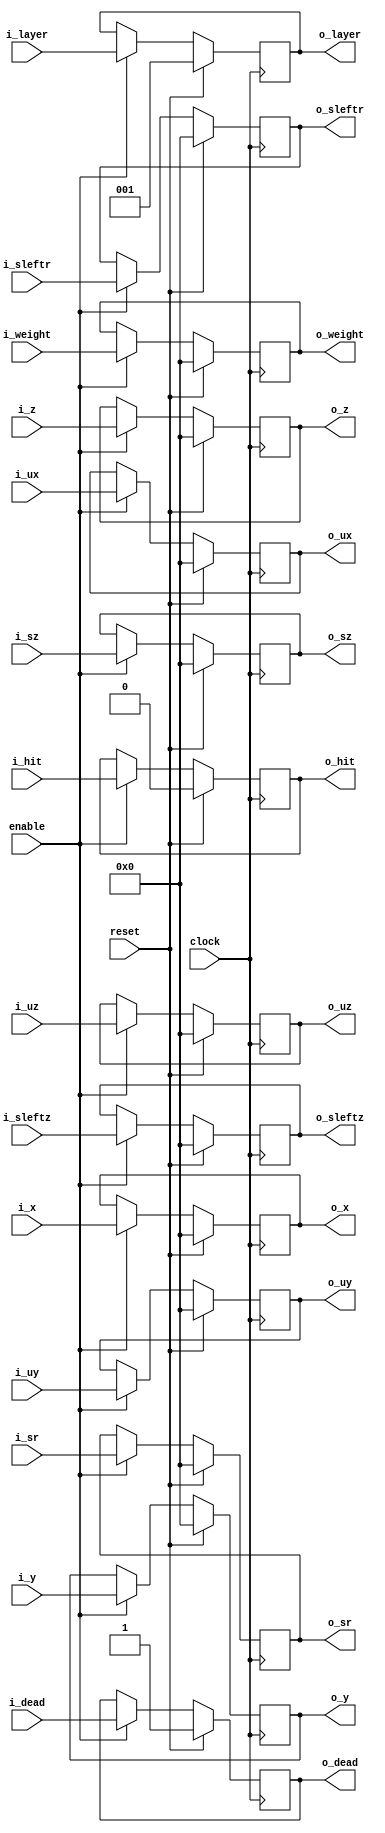

//Photons that make up the register pipeline
module PhotonBlock(
	//Inputs
	clock,
	reset,
	enable,
	
	i_x,
	i_y,
	i_z,
	i_ux,
	i_uy,
	i_uz,
	i_sz,
	i_sr,
	i_sleftz,
	i_sleftr,
	i_weight,
	i_layer,
	i_dead,
	i_hit,
	//Outputs
	o_x,
	o_y,
	o_z,
	o_ux,
	o_uy,
	o_uz,
	o_sz,
	o_sr,
	o_sleftz,
	o_sleftr,
	o_weight,
	o_layer,
	o_dead,
	o_hit
	);

input				clock;
input				reset;
input				enable;

input	[31:0]			i_x;
input	[31:0]			i_y;
input	[31:0]			i_z;
input	[31:0]			i_ux;
input	[31:0]			i_uy;
input	[31:0]			i_uz;
input	[31:0]			i_sz;
input	[31:0]			i_sr;
input	[31:0]			i_sleftz;
input	[31:0]			i_sleftr;
input	[31:0]			i_weight;
input	[2:0]			i_layer;
input				i_dead;
input				i_hit;


output	[31:0]			o_x;
output	[31:0]			o_y;
output	[31:0]			o_z;
output	[31:0]			o_ux;
output	[31:0]			o_uy;
output	[31:0]			o_uz;
output	[31:0]			o_sz;
output	[31:0]			o_sr;
output	[31:0]			o_sleftz;
output	[31:0]			o_sleftr;
output	[31:0]			o_weight;
output	[2:0]			o_layer;
output				o_dead;
output				o_hit;


wire				clock;
wire				reset;
wire				enable;

wire	[31:0]			i_x;
wire	[31:0]			i_y;
wire	[31:0]			i_z;
wire	[31:0]			i_ux;
wire	[31:0]			i_uy;
wire	[31:0]			i_uz;
wire	[31:0]			i_sz;
wire	[31:0]			i_sr;
wire	[31:0]			i_sleftz;
wire	[31:0]			i_sleftr;
wire	[31:0]			i_weight;
wire	[2:0]			i_layer;
wire				i_dead;
wire				i_hit;


reg	[31:0]			o_x;
reg	[31:0]			o_y;
reg	[31:0]			o_z;
reg	[31:0]			o_ux;
reg	[31:0]			o_uy;
reg	[31:0]			o_uz;
reg	[31:0]			o_sz;
reg	[31:0]			o_sr;
reg	[31:0]			o_sleftz;
reg	[31:0]			o_sleftr;
reg	[31:0]			o_weight;
reg	[2:0]			o_layer;
reg				o_dead;
reg				o_hit;




always @ (posedge clock)
	if(reset) begin
		o_x		<=	32'h00000000;
		o_y		<=	32'h00000000;
		o_z		<=	32'h00000000;
		o_ux		<=	32'h00000000;
		o_uy		<=	32'h00000000;
		o_uz		<=	32'h00000000;
		o_sz		<=	32'h00000000;
		o_sr		<=	32'h00000000;
		o_sleftz	<=	32'h00000000;
		o_sleftr	<=	32'h00000000;
		o_weight	<=	32'h00000000;
		o_layer		<=	3'b001;
		o_dead		<=	1'b1;
		o_hit		<=	1'b0;
	end else if(enable) begin
		o_x		<=	i_x;
		o_y		<=	i_y;
		o_z		<=	i_z;
		o_ux		<=	i_ux;
		o_uy		<=	i_uy;
		o_uz		<=	i_uz;
		o_sz		<=	i_sz;
		o_sr		<=	i_sr;
		o_sleftz	<=	i_sleftz;
		o_sleftr	<=	i_sleftr;
		o_weight	<=	i_weight;
		o_layer		<=	i_layer;
		o_dead		<=	i_dead;
		o_hit		<=	i_hit;
	end
endmodule





//An array of photons that passes previous values to next,
//creating a pipeline.

module Register_pipeline (
	//Inputs
	clock,
	reset,
	enable,
	
	i_x,
	i_y,
	i_z,
	i_ux,
	i_uy,
	i_uz,
	i_sz,
	i_sr,
	i_sleftz,
	i_sleftr,
	i_weight,
	i_layer,
	i_dead,
	i_hit,
	//Outputs
	o_x,
	o_y,
	o_z,
	o_ux,
	o_uy,
	o_uz,
	o_sz,
	o_sr,
	o_sleftz,
	o_sleftr,
	o_weight,
	o_layer,
	o_dead,
	o_hit
	);
parameter PIPE_DEPTH = 50;

//PINS
input				clock;
input				reset;
input				enable;

input	[31:0]			i_x;
input	[31:0]			i_y;
input	[31:0]			i_z;
input	[31:0]			i_ux;
input	[31:0]			i_uy;
input	[31:0]			i_uz;
input	[31:0]			i_sz;
input	[31:0]			i_sr;
input	[31:0]			i_sleftz;
input	[31:0]			i_sleftr;
input	[31:0]			i_weight;
input	[2:0]			i_layer;
input				i_dead;
input				i_hit;


output	[31:0]			o_x;
output	[31:0]			o_y;
output	[31:0]			o_z;
output	[31:0]			o_ux;
output	[31:0]			o_uy;
output	[31:0]			o_uz;
output	[31:0]			o_sz;
output	[31:0]			o_sr;
output	[31:0]			o_sleftz;
output	[31:0]			o_sleftr;
output	[31:0]			o_weight;
output	[2:0]			o_layer;
output				o_dead;
output				o_hit;

//PIN TYPES
wire				clock;
wire				reset;
wire				enable;

wire	[31:0]			i_x;
wire	[31:0]			i_y;
wire	[31:0]			i_z;
wire	[31:0]			i_ux;
wire	[31:0]			i_uy;
wire	[31:0]			i_uz;
wire	[31:0]			i_sz;
wire	[31:0]			i_sr;
wire	[31:0]			i_sleftz;
wire	[31:0]			i_sleftr;
wire	[31:0]			i_weight;
wire	[2:0]			i_layer;
wire				i_dead;
wire				i_hit;


wire	[31:0]			o_x;
wire	[31:0]			o_y;
wire	[31:0]			o_z;
wire	[31:0]			o_ux;
wire	[31:0]			o_uy;
wire	[31:0]			o_uz;
wire	[31:0]			o_sz;
wire	[31:0]			o_sr;
wire	[31:0]			o_sleftz;
wire	[31:0]			o_sleftr;
wire	[31:0]			o_weight;
wire	[2:0]			o_layer;
wire				o_dead;
wire				o_hit;





//WIRES FOR CONNECTING REGISTERS
wire	[31:0]			x	[PIPE_DEPTH:0];
wire	[31:0]			y	[PIPE_DEPTH:0];
wire	[31:0]			z	[PIPE_DEPTH:0];
wire	[31:0]			ux	[PIPE_DEPTH:0];
wire	[31:0]			uy	[PIPE_DEPTH:0];
wire	[31:0]			uz	[PIPE_DEPTH:0];
wire	[31:0]			sz	[PIPE_DEPTH:0];
wire	[31:0]			sr	[PIPE_DEPTH:0];
wire	[31:0]			sleftz	[PIPE_DEPTH:0];
wire	[31:0]			sleftr	[PIPE_DEPTH:0];
wire	[31:0]			weight	[PIPE_DEPTH:0];
wire	[2:0]			layer	[PIPE_DEPTH:0];
wire				dead	[PIPE_DEPTH:0];
wire				hit	[PIPE_DEPTH:0];

//ASSIGNMENTS FROM INPUTS TO PIPE
assign x[0] = i_x;
assign y[0] = i_y;
assign z[0] = i_z;
assign ux[0] = i_ux;
assign uy[0] = i_uy;
assign uz[0] = i_uz;
assign sz[0] = i_sz;
assign sr[0] = i_sr;
assign sleftz[0] = i_sleftz;
assign sleftr[0] = i_sleftr;
assign weight[0] = i_weight;
assign layer[0] = i_layer;
assign dead[0] = i_dead;
assign hit[0] = i_hit;

//ASSIGNMENTS FROM PIPE TO OUTPUT
assign o_x =x[PIPE_DEPTH];
assign o_y =y[PIPE_DEPTH];
assign o_z =z[PIPE_DEPTH];
assign o_ux =ux[PIPE_DEPTH];
assign o_uy =uy[PIPE_DEPTH];
assign o_uz =uz[PIPE_DEPTH];
assign o_sz =sz[PIPE_DEPTH];
assign o_sr =sr[PIPE_DEPTH];
assign o_sleftz =sleftz[PIPE_DEPTH];
assign o_sleftr =sleftr[PIPE_DEPTH];
assign o_weight =weight[PIPE_DEPTH];
assign o_layer =layer[PIPE_DEPTH];
assign o_dead =dead[PIPE_DEPTH];
assign o_hit =hit[PIPE_DEPTH];


//GENERATE PIPELINE
genvar i;
generate
	for(i=PIPE_DEPTH; i>0; i=i-1) begin: regPipe
		case(i)
		
		default:
		PhotonBlock photon(
			//Inputs
			.clock(clock),
			.reset(reset),
			.enable(enable),
			
			.i_x(x[i-1]),
			.i_y(y[i-1]),
			.i_z(z[i-1]),
			.i_ux(ux[i-1]),
			.i_uy(uy[i-1]),
			.i_uz(uz[i-1]),
			.i_sz(sz[i-1]),
			.i_sr(sr[i-1]),
			.i_sleftz(sleftz[i-1]),
			.i_sleftr(sleftr[i-1]),
			.i_weight(weight[i-1]),
			.i_layer(layer[i-1]),
			.i_dead(dead[i-1]),
			.i_hit(hit[i-1]),
			
			//Outputs			
			.o_x(x[i]),
			.o_y(y[i]),
			.o_z(z[i]),
			.o_ux(ux[i]),
			.o_uy(uy[i]),
			.o_uz(uz[i]),
			.o_sz(sz[i]),
			.o_sr(sr[i]),
			.o_sleftz(sleftz[i]),
			.o_sleftr(sleftr[i]),
			.o_weight(weight[i]),
			.o_layer(layer[i]),
			.o_dead(dead[i]),
			.o_hit(hit[i])
		);
		endcase
	end
endgenerate	
	
endmodule